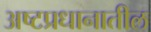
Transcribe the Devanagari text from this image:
अष्टप्रधानातील